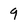
Character: 9